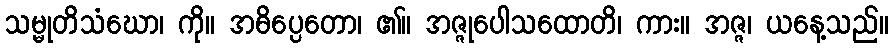
သမ္မုတိသံဃော၊ ကို။ အဓိပ္ပေတော၊ ၏။ အဇ္ဇုပေါသထောတိ၊ ကား။ အဇ္ဇ၊ ယနေ့သည်။